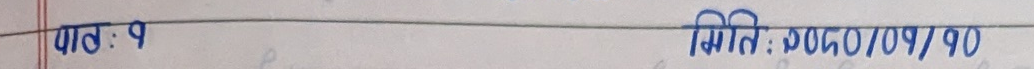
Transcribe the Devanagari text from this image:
पाठ: ९                                                                                                मिति: २०८०/०१/१०